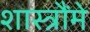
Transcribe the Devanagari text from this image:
शास्त्रौंमे